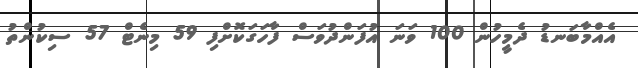
އެއްމާބަނޑު ދެމީހުން 100 ވަނަ އުފަންދުވަސް ފާހަގަކޮށްފި 59 މިނެޓް 57 ސިކުންތު